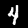
Label: 4